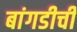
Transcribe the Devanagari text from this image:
बांगडीची